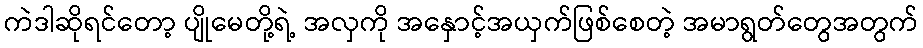
ကဲဒါဆိုရင်တော့ ပျိုမေတို့ရဲ့ အလှကို အနှောင့်အယှက်ဖြစ်စေတဲ့ အမာရွတ်တွေအတွက်